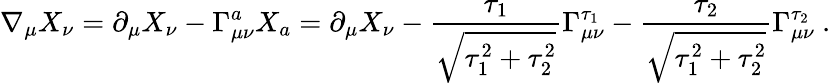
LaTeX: \nabla_{\mu}X_{\nu}=\partial_{\mu}X_{\nu}-\Gamma_{\mu\nu}^{a}X_{a}=\partial_{\mu}X_{\nu}-\frac{\tau_{1}}{\sqrt{\tau_{1}^{2}+\tau_{2}^{2}}}\Gamma_{\mu\nu}^{\tau_{1}}-\frac{\tau_{2}}{\sqrt{\tau_{1}^{2}+\tau_{2}^{2}}}\Gamma_{\mu\nu}^{\tau_{2}}\ .